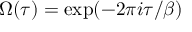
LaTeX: \Omega ( \tau ) = \exp ( - 2 \pi i \tau / \beta )